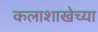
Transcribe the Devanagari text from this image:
कलाशाखेच्या